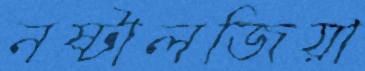
নষ্টালজিয়া